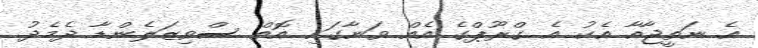
އެ ނަތީޖާއާ އެކު އެ ގްރޫޕްގެ އެއް ވަނާގައި އޮތް ސްވިޒަލެންޑާ ދެމެދު